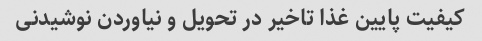
کیفیت پایین غذا تاخیر در تحویل و نیاوردن نوشیدنی